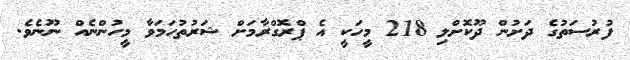
ފުރުސަތުގެ ދަށުން ދޫކޮށްލި 218 މީހަކީ އެ ޕްރޮގްރާމަށް ޝަރުތުހަމަވާ މީހުންނެއް ނޫނެވެ.